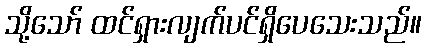
သို့သော် ထင်ရှားလျက်ပင်ရှိပေသေးသည်။